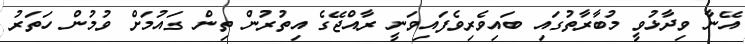
އޭނާ ވިދާޅުވީ މުބާރާތުގައި ބައިވެރިވެފައިވަނީ ރާއްޖޭގެ އިތުރުން ތިން ގައުމަށް ވުމުން ހަތަރު